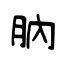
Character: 肭